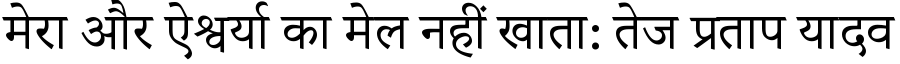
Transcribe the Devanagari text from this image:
मेरा और ऐश्वर्या का मेल नहीं खाता: तेज प्रताप यादव